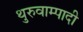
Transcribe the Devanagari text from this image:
थुरुवाम्पादी